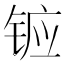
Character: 𮸍